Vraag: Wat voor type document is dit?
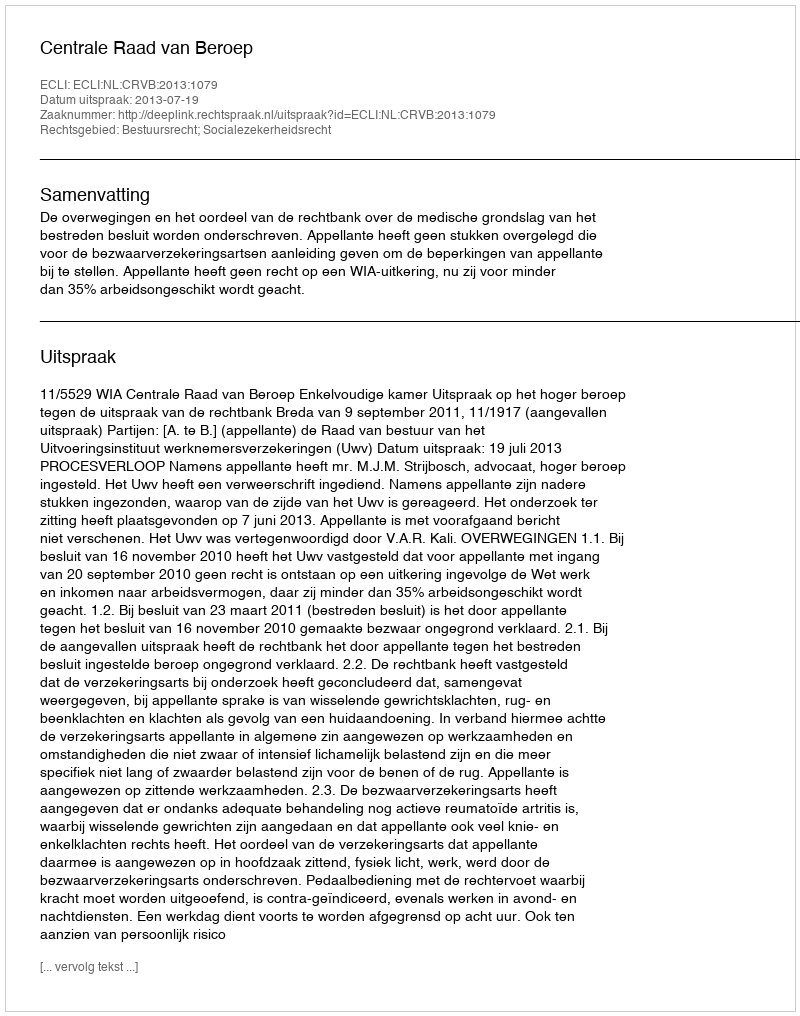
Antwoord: Uitspraak